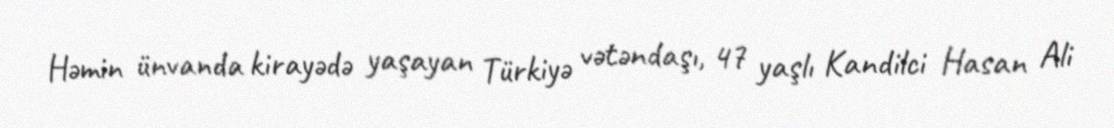
Həmin ünvanda kirayədə yaşayan Türkiyə vətəndaşı, 47 yaşlı Kandilci Hasan Ali